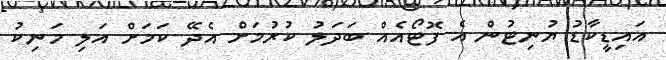
އައިޑީކާޑު ޔުނިޓުން އެ ފޮޓޯއެއް ބަދަލު ކުރުމަށް އެދޭ ކަމަށް އަލި މަނިކު